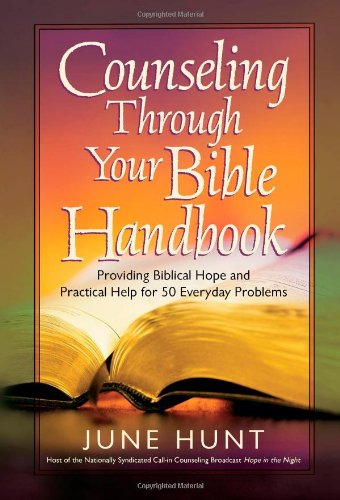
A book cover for Counseling Through Your Bible Handbook: Providing Biblical Hope and Practical Help for 50 Everyday Problems; June Hunt; Christian Books & Bibles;